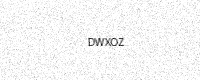
Text: DWXOZ